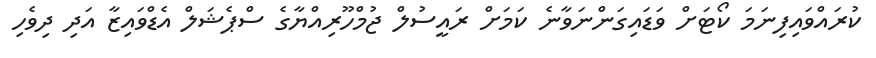
ކުރައްވައިފިނަމަ ކޯޓަށް ވަޑައިގަންނަވާނެ ކަމަށް ރައީސުލް ޖުމްހޫރިއްޔާގެ ސްޕެޝަލް އެޑްވައިޒާ އަދި ދިވެހި